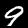
Label: 9